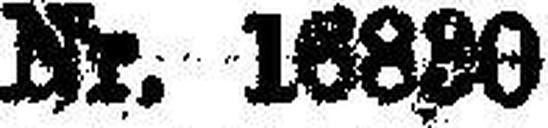
Nr. 16880